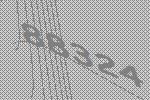
88324